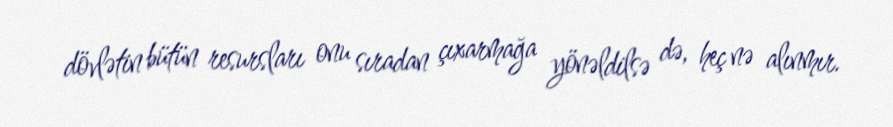
dövlətin bütün resursları onu sıradan çıxarmağa yönəldilsə də, heç nə alınmır.